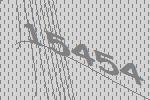
15454